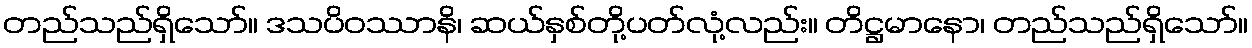
တည်သည်ရှိသော်။ ဒသပိဝဿာနိ၊ ဆယ်နှစ်တို့ပတ်လုံ့လည်း။ တိဋ္ဌမာနော၊ တည်သည်ရှိသော်။